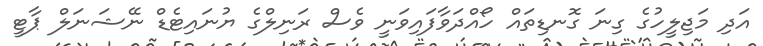
އަދި މަޖިލީހުގެ ގިނަ ގޮނޑިތައް ހޯއްދަވާފައިވަނީ ވެސް ރަނިލްގެ ޔުނައިޓެޑް ނޭޝަނަލް ޕާޓީ